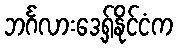
ဘင်္ဂလားဒေ့ရှ်နိုင်ငံက